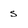
Character: s